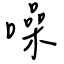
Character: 噪